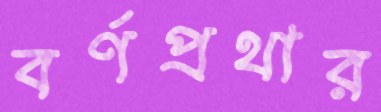
বর্ণপ্রথার